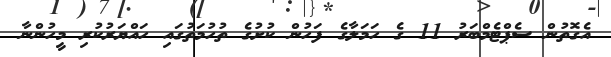
އެގޮތުން ސެޕްޓެމްބަރު 11 ގެ ހަމަލާގެ ފަހުން ކުށުގެ ތުހުމަތުގައި ހައްޔަރުކުރި މީހުންނާ